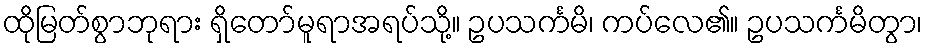
ထိုမြတ်စွာဘုရား ရှိတော်မူရာအရပ်သို့။ ဥပသင်္ကမိ၊ ကပ်လေ၏။ ဥပသင်္ကမိတွာ၊